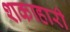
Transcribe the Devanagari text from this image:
शकाहारी